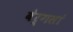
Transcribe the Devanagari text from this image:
बेर्गसां